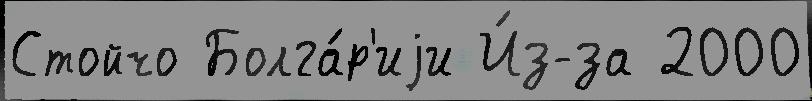
Стойчо Болга́р'иjи И́з-за 2000